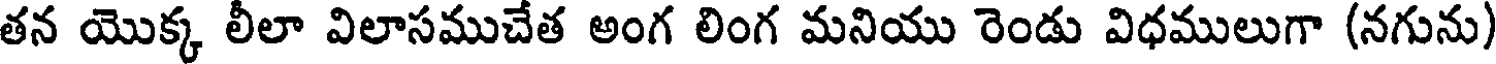
తన యొక్క లీలా విలాసముచేత అంగ లింగ మనియు రెండు విధములుగా (నగును)